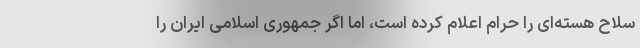
سلاح هسته‌ای را حرام اعلام کرده است، اما اگر جمهوری اسلامی ایران را